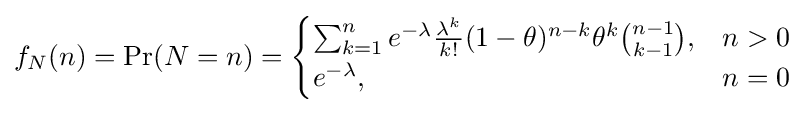
f_{N}(n)=\mathrm {Pr} (N=n)={\begin{cases}\sum _{k=1}^{n}e^{-\lambda }{\frac {\lambda ^{k}}{k!}}(1-\theta )^{n-k}\theta ^{k}{\binom {n-1}{k-1}},&n>0\\e^{-\lambda },&n=0\end{cases}}